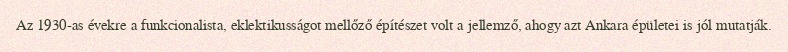
Az 1930-as évekre a funkcionalista, eklektikusságot mellőző építészet volt a jellemző, ahogy azt Ankara épületei is jól mutatják.